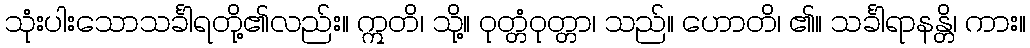
သုံးပါးသောသင်္ခါရတို့၏လည်း။ ဣတိ၊ သို့။ ဝုတ္တံဝုတ္တာ၊ သည်။ ဟောတိ၊ ၏။ သင်္ခါရာနန္တိ၊ ကား။